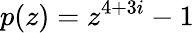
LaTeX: p(z)=z^{4+3i}-1